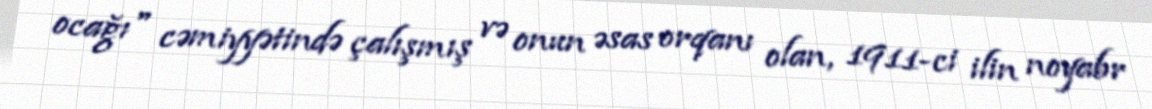
ocağı" cəmiyyətində çalışmış və onun əsas orqanı olan, 1911-ci ilin noyabr